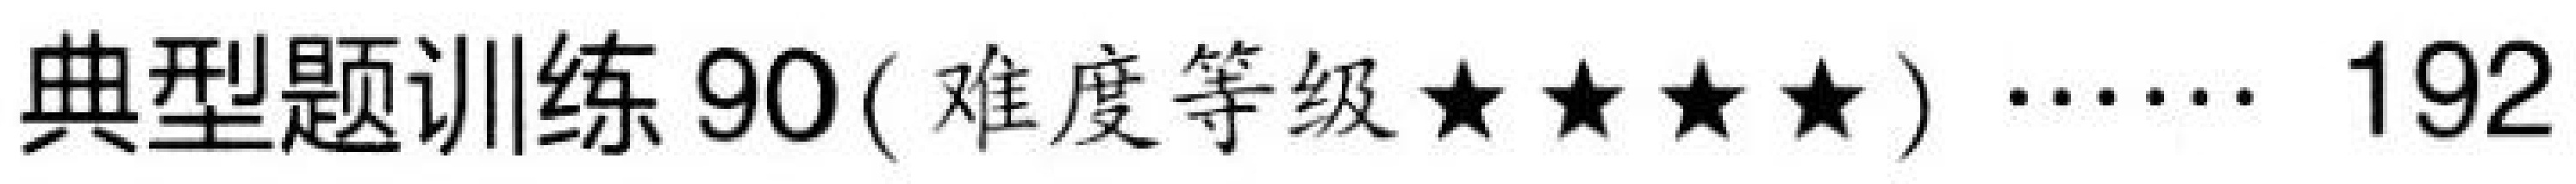
典型题训练90( 难度等级$\star\star\star\star$) $\cdots\cdots$ 192